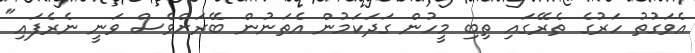
އެވަގުތު ހަރުގެ ތެރޭގައި ތިބި މީހުން ގަދަކަމުން އެތަނުން ބޭރަށްވެސް ވަނީ ނެރެފައި"